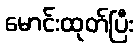
မောင်းထုတ်ပြီး